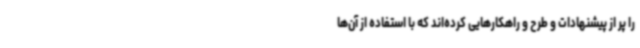
را پر از پیشنهادات و طرح و راهکارهایی کرده‌اند که با استفاده از آن‌ها